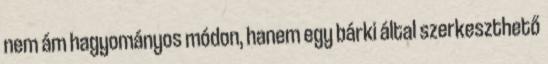
nem ám hagyományos módon, hanem egy bárki által szerkeszthető